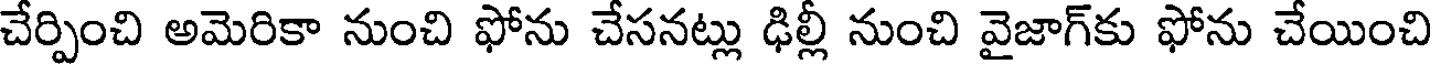
చేర్పించి అమెరికా నుంచి ఫోను చేసనట్లు ఢిల్లీ నుంచి వైజాగ్కు ఫోను చేయించి